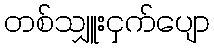
တစ်သျှူးငှက်ပျော